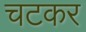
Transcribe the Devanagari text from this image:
चटकर